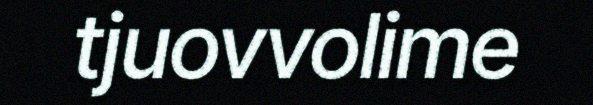
tjuovvolime